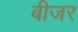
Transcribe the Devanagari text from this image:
बीजर